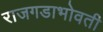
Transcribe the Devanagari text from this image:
राजगडाभोवती